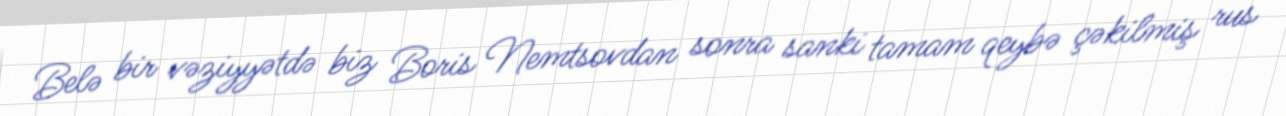
Belə bir vəziyyətdə biz Boris Nemtsovdan sonra sanki tamam qeybə çəkilmiş rus